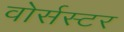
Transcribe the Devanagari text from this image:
वोर्सस्टर